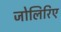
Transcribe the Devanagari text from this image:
जोलिरिए